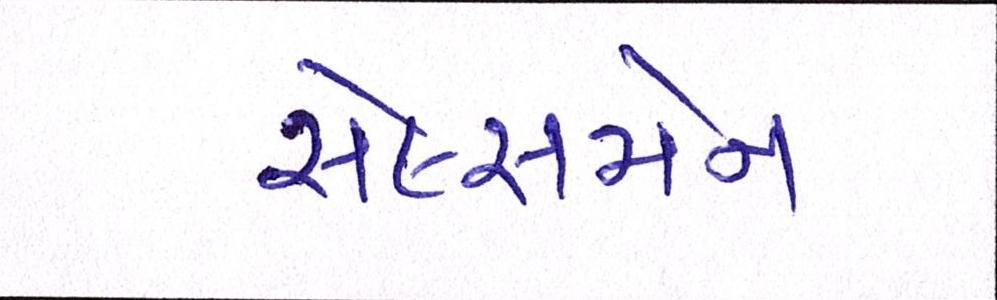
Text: સેલ્સમેન